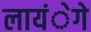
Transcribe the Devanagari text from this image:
लायंेगे